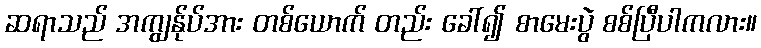
ဆရာသည် အကျွန်ုပ်အား တစ်ယောက် တည်း ခေါ်၍ စာမေးပွဲ စစ်ပြီပါကလား။